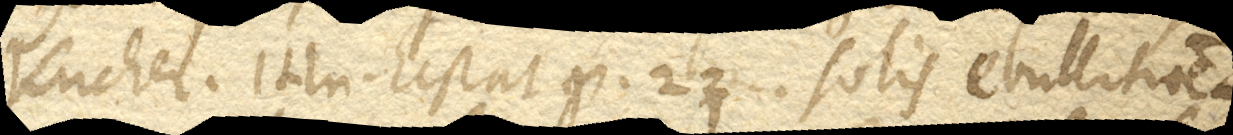
Kircher, Itin. Ecstat. p. 22. Solis ebullitionem